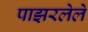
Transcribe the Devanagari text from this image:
पाझरलेले